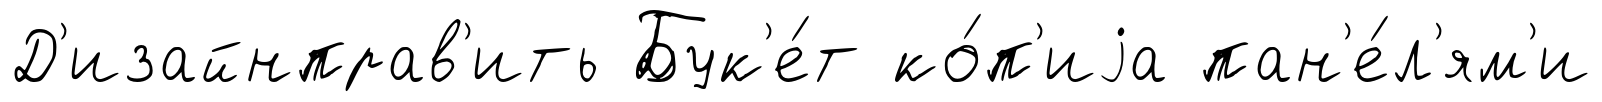
Д'изайнправ'ить Бук'е́т ко́п'иjа пан'е́л'ям'и